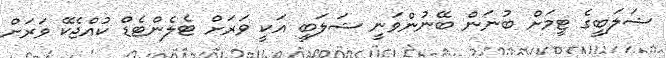
ޝަލަބީގެ ޓީމަށް ބުނަން ބޭނުންވަނީ ޝަލަބީ އަކީ ވަރަށް ޓެލެންޓެޑް ކުއްޖެކޭ ވަރަށް